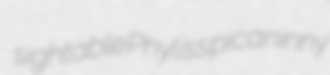
sightable Phyliss picaninny